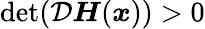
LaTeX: \operatorname*{det}(\mathcal{D}\boldsymbol{H}(\boldsymbol{x}))>0